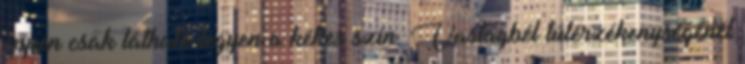
éppen csak látható legyen a kékes szín. Vastagbél túlérzékenységénél